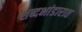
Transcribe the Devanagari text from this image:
शब्दभांडारात